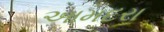
આમદરા